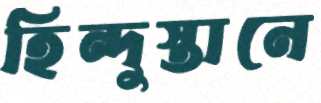
হিন্দুস্তানে